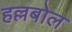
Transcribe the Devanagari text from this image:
हल्लबोल